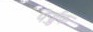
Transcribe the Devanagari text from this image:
पेर्ज्जुक